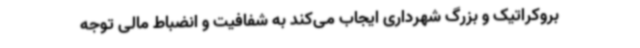
بروکراتیک و بزرگ شهرداری ایجاب می‌کند به شفافیت و انضباط مالی توجه